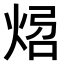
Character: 𤉝